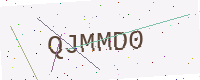
Text: QJMMD0